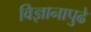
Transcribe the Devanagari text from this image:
विज्ञानापुढे